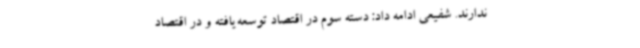
ندارند. شفیعی ادامه داد: دسته سوم در اقتصاد توسعه‌یافته و در اقتصاد